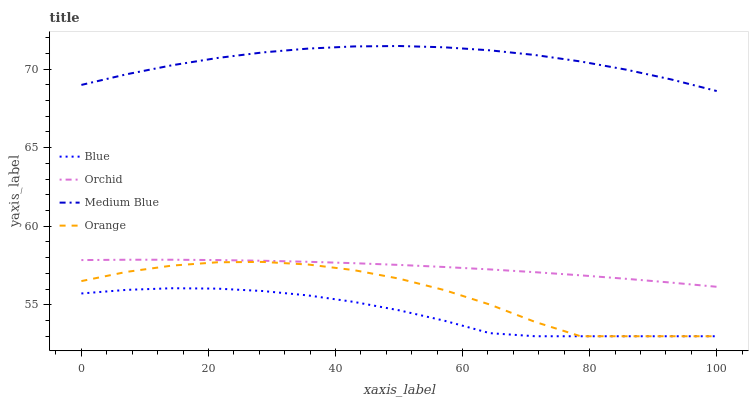
| xaxis_label | Blue | Orchid | Medium Blue | Orange |
 | --- | --- | --- | --- | --- |
 | 0 | 55.7 | 57.8 | 69 | 56.5 |
 | 7.14 | 56 | 57.9 | 69.7 | 57.1 |
 | 14.3 | 56.1 | 57.9 | 70.2 | 57.5 |
 | 21.4 | 56 | 57.8 | 70.7 | 57.7 |
 | 28.6 | 55.9 | 57.8 | 71.1 | 57.7 |
 | 35.7 | 55.6 | 57.7 | 71.3 | 57.6 |
 | 42.9 | 55.2 | 57.6 | 71.4 | 57.2 |
 | 50 | 54.7 | 57.5 | 71.5 | 56.7 |
 | 57.1 | 54 | 57.4 | 71.4 | 55.9 |
 | 64.3 | 53.2 | 57.3 | 71.2 | 55 |
 | 71.4 | 53 | 57.1 | 70.9 | 53.9 |
 | 78.6 | 53 | 56.9 | 70.5 | 53 |
 | 85.7 | 53 | 56.7 | 70 | 53 |
 | 92.9 | 53 | 56.4 | 69.3 | 53 |
 | 100 | 53 | 56.1 | 68.6 | 53 |